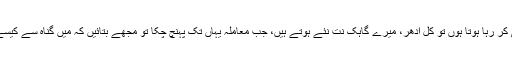
آج ادھر عیاشی کر رہا ہوتا ہوں تو کل ادھر، میرے گاہک نت نئے ہوتے ہیں، جب معاملہ یہاں تک پہنچ چکا تو مجھے بتائیں کہ میں گناہ سے کیسے بچ سکتا ہوں۔